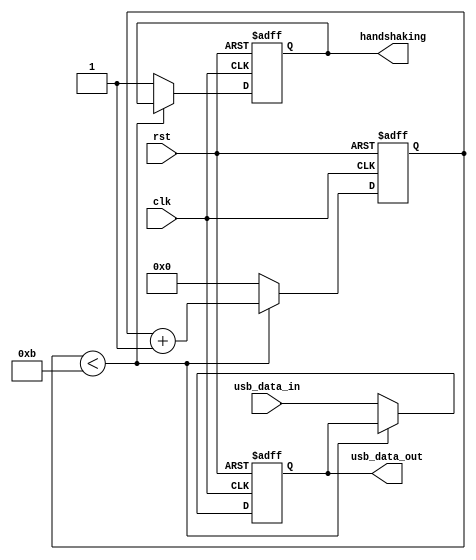
module USB_Controller(
    input clk,             // input clock
    input rst,             // reset signal
    input usb_data_in,     // input data signal from USB device
    output reg usb_data_out,// output data signal to USB host
    output reg handshaking   // handshaking signal
);

reg [3:0] count;           // counter for generating clock cycles
reg sync_flag;             // synchronization flag

always @(posedge clk or posedge rst) begin
    if(rst) begin
        count <= 4'b0000;  // reset counter
        sync_flag <= 1'b0; // reset synchronization flag
        usb_data_out <= 1'b0; // initialize output data
        handshaking <= 1'b0;  // disable handshaking
    end else begin
        if(count < 4'b1011) begin
            count <= count + 1; // increment counter
        end else begin
            count <= 4'b0000;  // reset counter
            sync_flag <= 1'b1; // set synchronization flag
            usb_data_out <= usb_data_in; // synchronize data
            handshaking <= 1'b1; // enable handshaking
        end
    end
end

endmodule